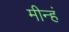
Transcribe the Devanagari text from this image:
मीन्हं